Scottish Leaving Certificate Examination, 1954
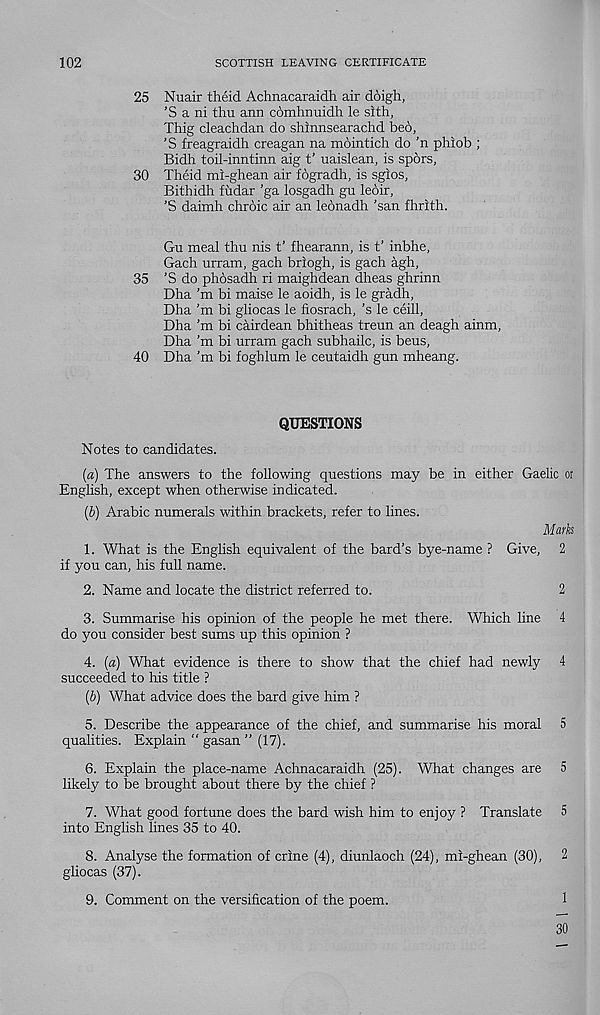
102
SCOTTISH LEAVING CERTIFICATE
25 Nuair theid Achnacaraidh air doigh,
’S a ni thu ann comhnuidh le slth,
Thig cleachdan do shinnsearachd bed,
’S freagraidh creagan na mointich do ’n phiob ;
Bidh toil-inntiim aig t’ uaislean, is spors,
30 Theid mi-ghean air fogradh, is sgios,
Bithidh fiidar ’ga losgadh gu ledir,
’S daimh chrdic air an lednadh ’san fhrith.
Gu meal thu nis t’ fhearann, is t’ inbhe,
Gach urram, gach briogh, is gach agh,
35 ’S do phdsadh ri maighdean dheas ghrinn
Dha’m bi maise le aoidh, is le gradh,
Dha’m bi gliocas le fiosrach, ’s le ceill,
Dha’m bi cairdean bhitheas treun an deagh ainm,
Dha’m bi urram gach subhailc, is beus,
40 Dha’m bi foghlum le ceutaidh gun mheang.
QUESTIONS
Notes to candidates.
(a) The answers to the following questions may be in either Gaelic or
English, except when otherwise indicated.
(b) Arabic numerals within brackets, refer to lines.
Mark
1. What is the English equivalent of the bard’s bye-name ? Give, 2
if you can, his full name.
2. Name and locate the district referred to.
2
3. Summarise his opinion of the people he met there. Which line 4
do you consider best sums up this opinion ?
4. (a) What evidence is there to show that the chief had newly 4
succeeded to his title ?
(b) What advice does the bard give him ?
5. Describe the appearance of the chief, and summarise his moral 5
qualities. Explain “ gasan ” (17).
6. Explain the place-name Achnacaraidh (25). What changes are 5
likely to be brought about there by the chief ?
7. What good fortune does the bard wish him to enjoy ? Translate 5
into English lines 35 to 40.
8. Analyse the formation of crine (4), diunlaoch (24), mi-ghean (30), 2
gliocas (37).
9. Comment on the versification of the poem.
1
30